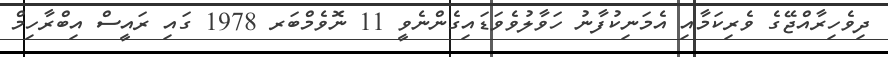
ދިވެހިރާއްޖޭގެ ވެރިކަމާއި އެމަނިކުފާނު ހަވާލުވެވަޑައިގެންނެވީ 11 ނޮވެމްބަރ 1978 ގައި ރައީސް އިބްރާހިމް